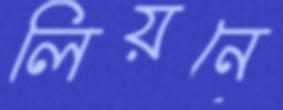
লিয়নে